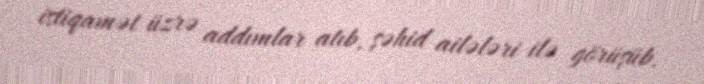
istiqamət üzrə addımlar atıb, şəhid ailələri ilə görüşüb.